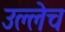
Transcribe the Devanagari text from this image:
उल्लेच